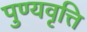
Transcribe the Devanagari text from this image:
पुण्यवृत्ति